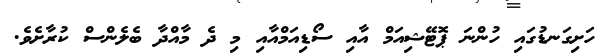
ހަށިގަނޑުގައި ހުންނަ ޕޮޓޭޝިއަމް އާއި ސޯޑިއަމްއާއި މި ދެ މާއްދާ ބެލެންސް ކުރާށެވެ.